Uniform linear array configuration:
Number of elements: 24
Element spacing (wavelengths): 1
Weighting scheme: uniform
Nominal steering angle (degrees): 60
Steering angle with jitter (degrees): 59.683
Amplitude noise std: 0.05
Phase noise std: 0.05

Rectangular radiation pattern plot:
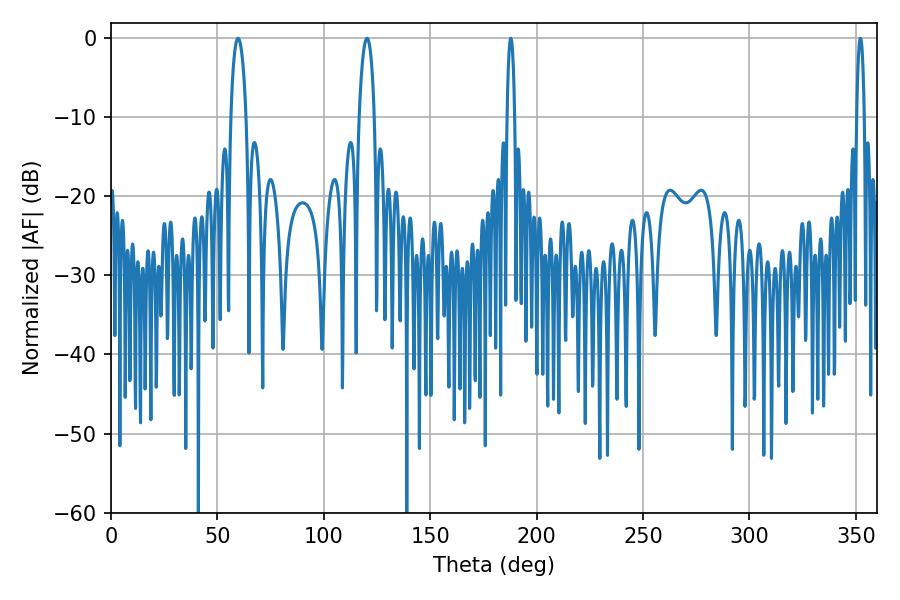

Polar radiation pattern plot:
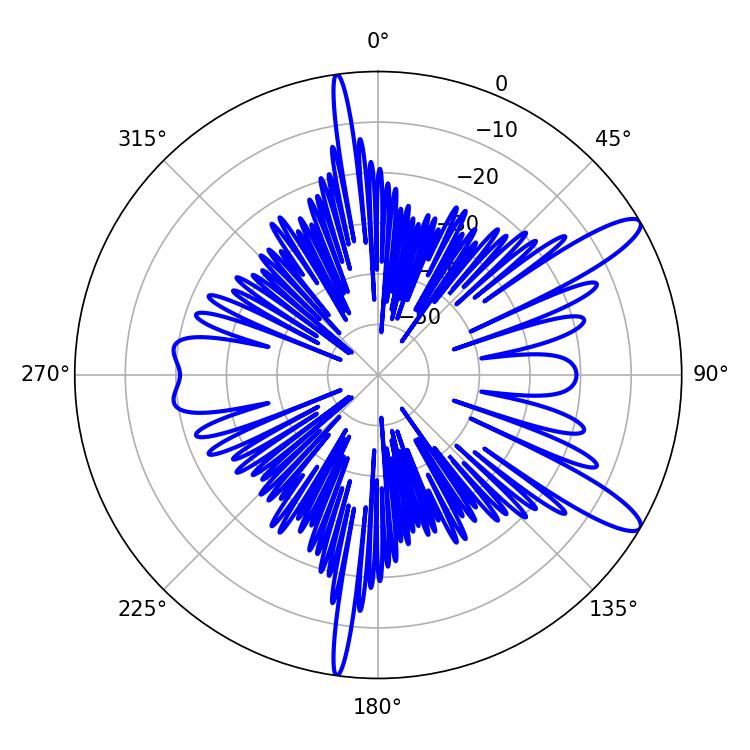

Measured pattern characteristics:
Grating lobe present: TRUE
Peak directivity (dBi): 12.022
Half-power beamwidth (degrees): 3.96
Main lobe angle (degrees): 59.76